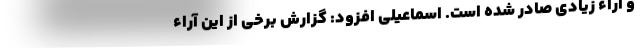
و آراء زیادی صادر شده است. اسماعیلی افزود: گزارش برخی از این آراء